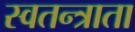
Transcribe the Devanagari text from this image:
स्वतन्त्राता